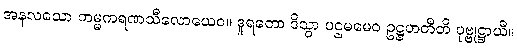
အနလသော ကမ္မကရဏသီလောယေဝ။ ဒူရတော ဒိသွာ ပဌမမေဝ ဥဋ္ဌဟတီတိ ပုဗ္ဗုဋ္ဌာယီ။